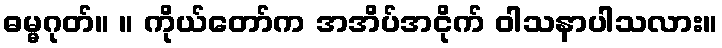
ဓမ္မဂုတ်။ ။ ကိုယ်တော်က အအိပ်အငိုက် ဝါသနာပါသလား။